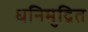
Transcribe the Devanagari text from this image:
धनिमुद्रित